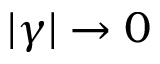
| \gamma | \rightarrow 0